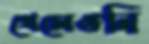
খেলেওনি